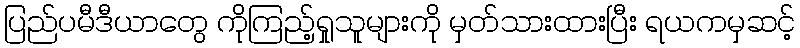
ပြည်ပမီဒီယာတွေ ကိုကြည့်ရှုသူများကို မှတ်သားထားပြီး ရယကမှဆင့်